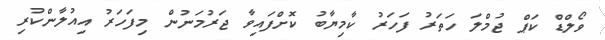
ވޯލްޑް ކަޕް ޖުމްލަ ހަތަރު ފަހަރު ކާމިޔާބު ކޮށްފައިވާ ޖަރުމަނުން މިފަހަރު އިއުލާންކުރި